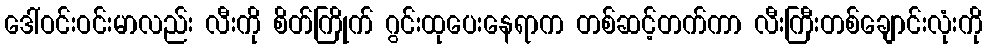
ဒေါ်ဝင်းဝင်းမာလည်း လီးကို စိတ်ကြိုက် ဂွင်းထုပေးနေရာက တစ်ဆင့်တက်ကာ လီးကြီးတစ်ချောင်းလုံးကို